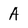
Character: A